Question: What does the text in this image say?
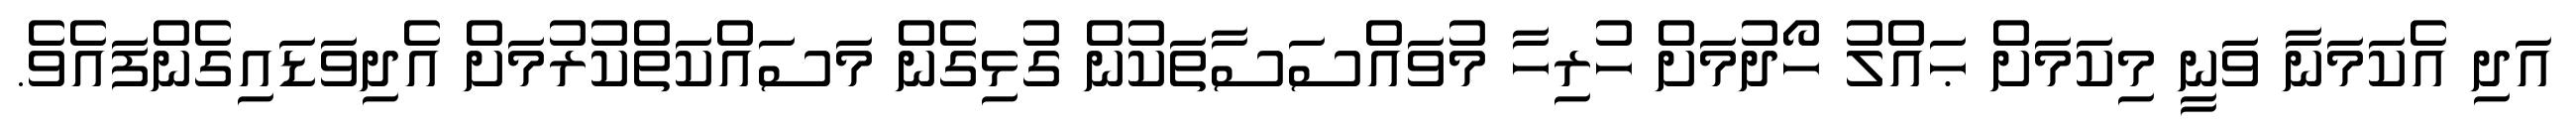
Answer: އަދި އެކަމަނާ ވަނީ މިކަމަށް ޙައްލު ހޯދުމަށް ހުރިހާ މުވައްސަސާތަކުން ގުޅިގެން މަސައްކަތްކުރުމަށް އެދިވަޑައިގެންފައެވެ.